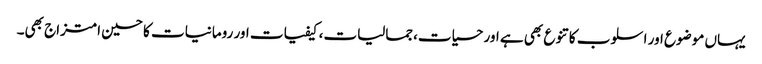
یہاں موضوع اور اسلوب کا تنوع بھی ہے اور حسیات،جمالیات، کیفیات اور رومانیات کا حسین امتزاج بھی۔